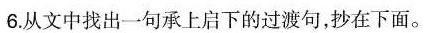
6.从文中找出一句承上启下的过渡句，抄在下面。